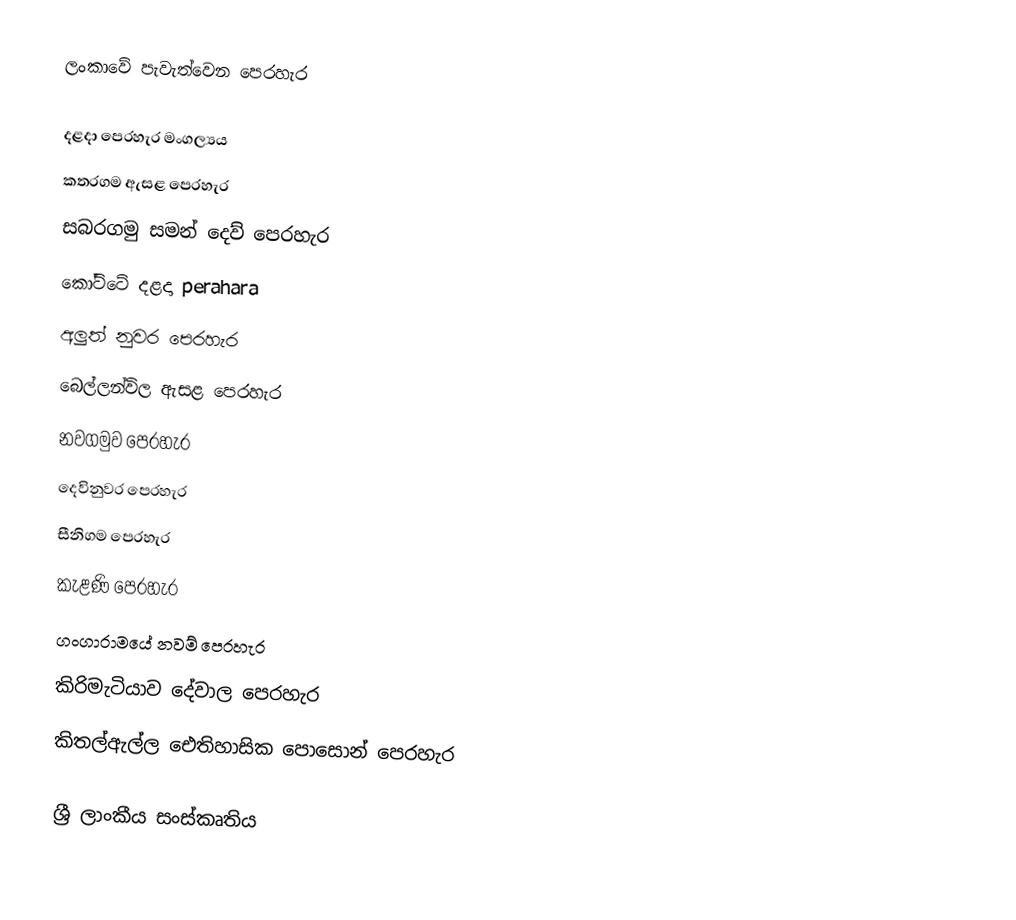
ලංකාවේ පැවැත්වෙන ‍පෙරහැර

 දළදා පෙරහැර මංගල්‍යය
 කතරගම ඇසළ පෙරහැර
 සබරගමු සමන් දෙව් පෙරහැර
 කෝට්ටේ දළදා perahara
 අලුත් නුවර පෙරහැර
 බෙල්ලන්විල ඇසළ පෙරහැර
 නවගමුව පෙරහැර
 දෙවිනුවර පෙරහැර
 සීනිගම පෙරහැර
 කැළණි පෙරහැර
 ගංගාරාමයේ නවම් පෙරහැර
 කිරිමැටියාව දේවාල පෙරහැර
කිතල්ඇල්ල ඓතිහාසික පොසොන් පෙරහැර

ශ්‍රී ලාංකීය සංස්කෘතිය